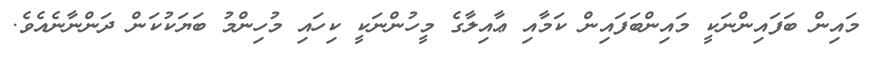
މައިން ބަފައިންނަކީ މައިންބަފައިން ކަމާއި ޢާއިލާގެ މީހުންނަކީ ކިހައި މުހިންމު ބަޔަކުކަން ދަންނާނެއެވެ.